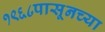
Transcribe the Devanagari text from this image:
१९६८पासूनच्या